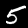
Digit: 5